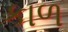
કાળ